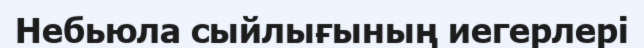
Небьюла сыйлығының иегерлері